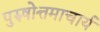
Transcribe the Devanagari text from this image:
पुरुषोत्तमाचार्य